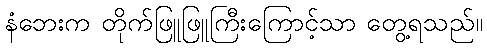
နံဘေးက တိုက်ဖြူဖြူကြီးကြောင့်သာ တွေ့ရသည်။